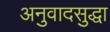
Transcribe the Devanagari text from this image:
अनुवादसुद्धा